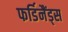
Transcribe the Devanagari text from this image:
फर्डिनैंड्स